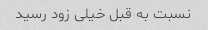
نسبت به قبل خیلی زود رسید